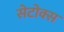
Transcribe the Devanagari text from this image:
सेटोक्स